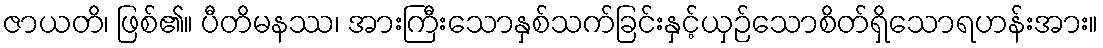
ဇာယတိ၊ ဖြစ်၏။ ပီတိမနဿ၊ အားကြီးသောနှစ်သက်ခြင်းနှင့်ယှဉ်သောစိတ်ရှိသောရဟန်းအား။